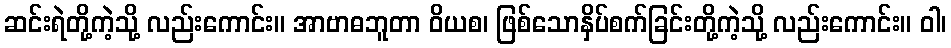
ဆင်းရဲတို့ကဲ့သို့ လည်းကောင်း။ အာဗာဓဘူတာ ဝိယစ၊ ဖြစ်သောနှိပ်စက်ခြင်းတို့ကဲ့သို့ လည်းကောင်း။ ဝါ၊